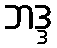
ဘဒ္ဒ